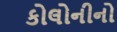
કોલોનીનો